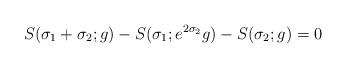
LaTeX: \begin{align*}S(\sigma_{1} + \sigma_{2}; g) - S(\sigma_{1}; e^{2\sigma_{2}}g) -S(\sigma_{2}; g)= 0\end{align*}